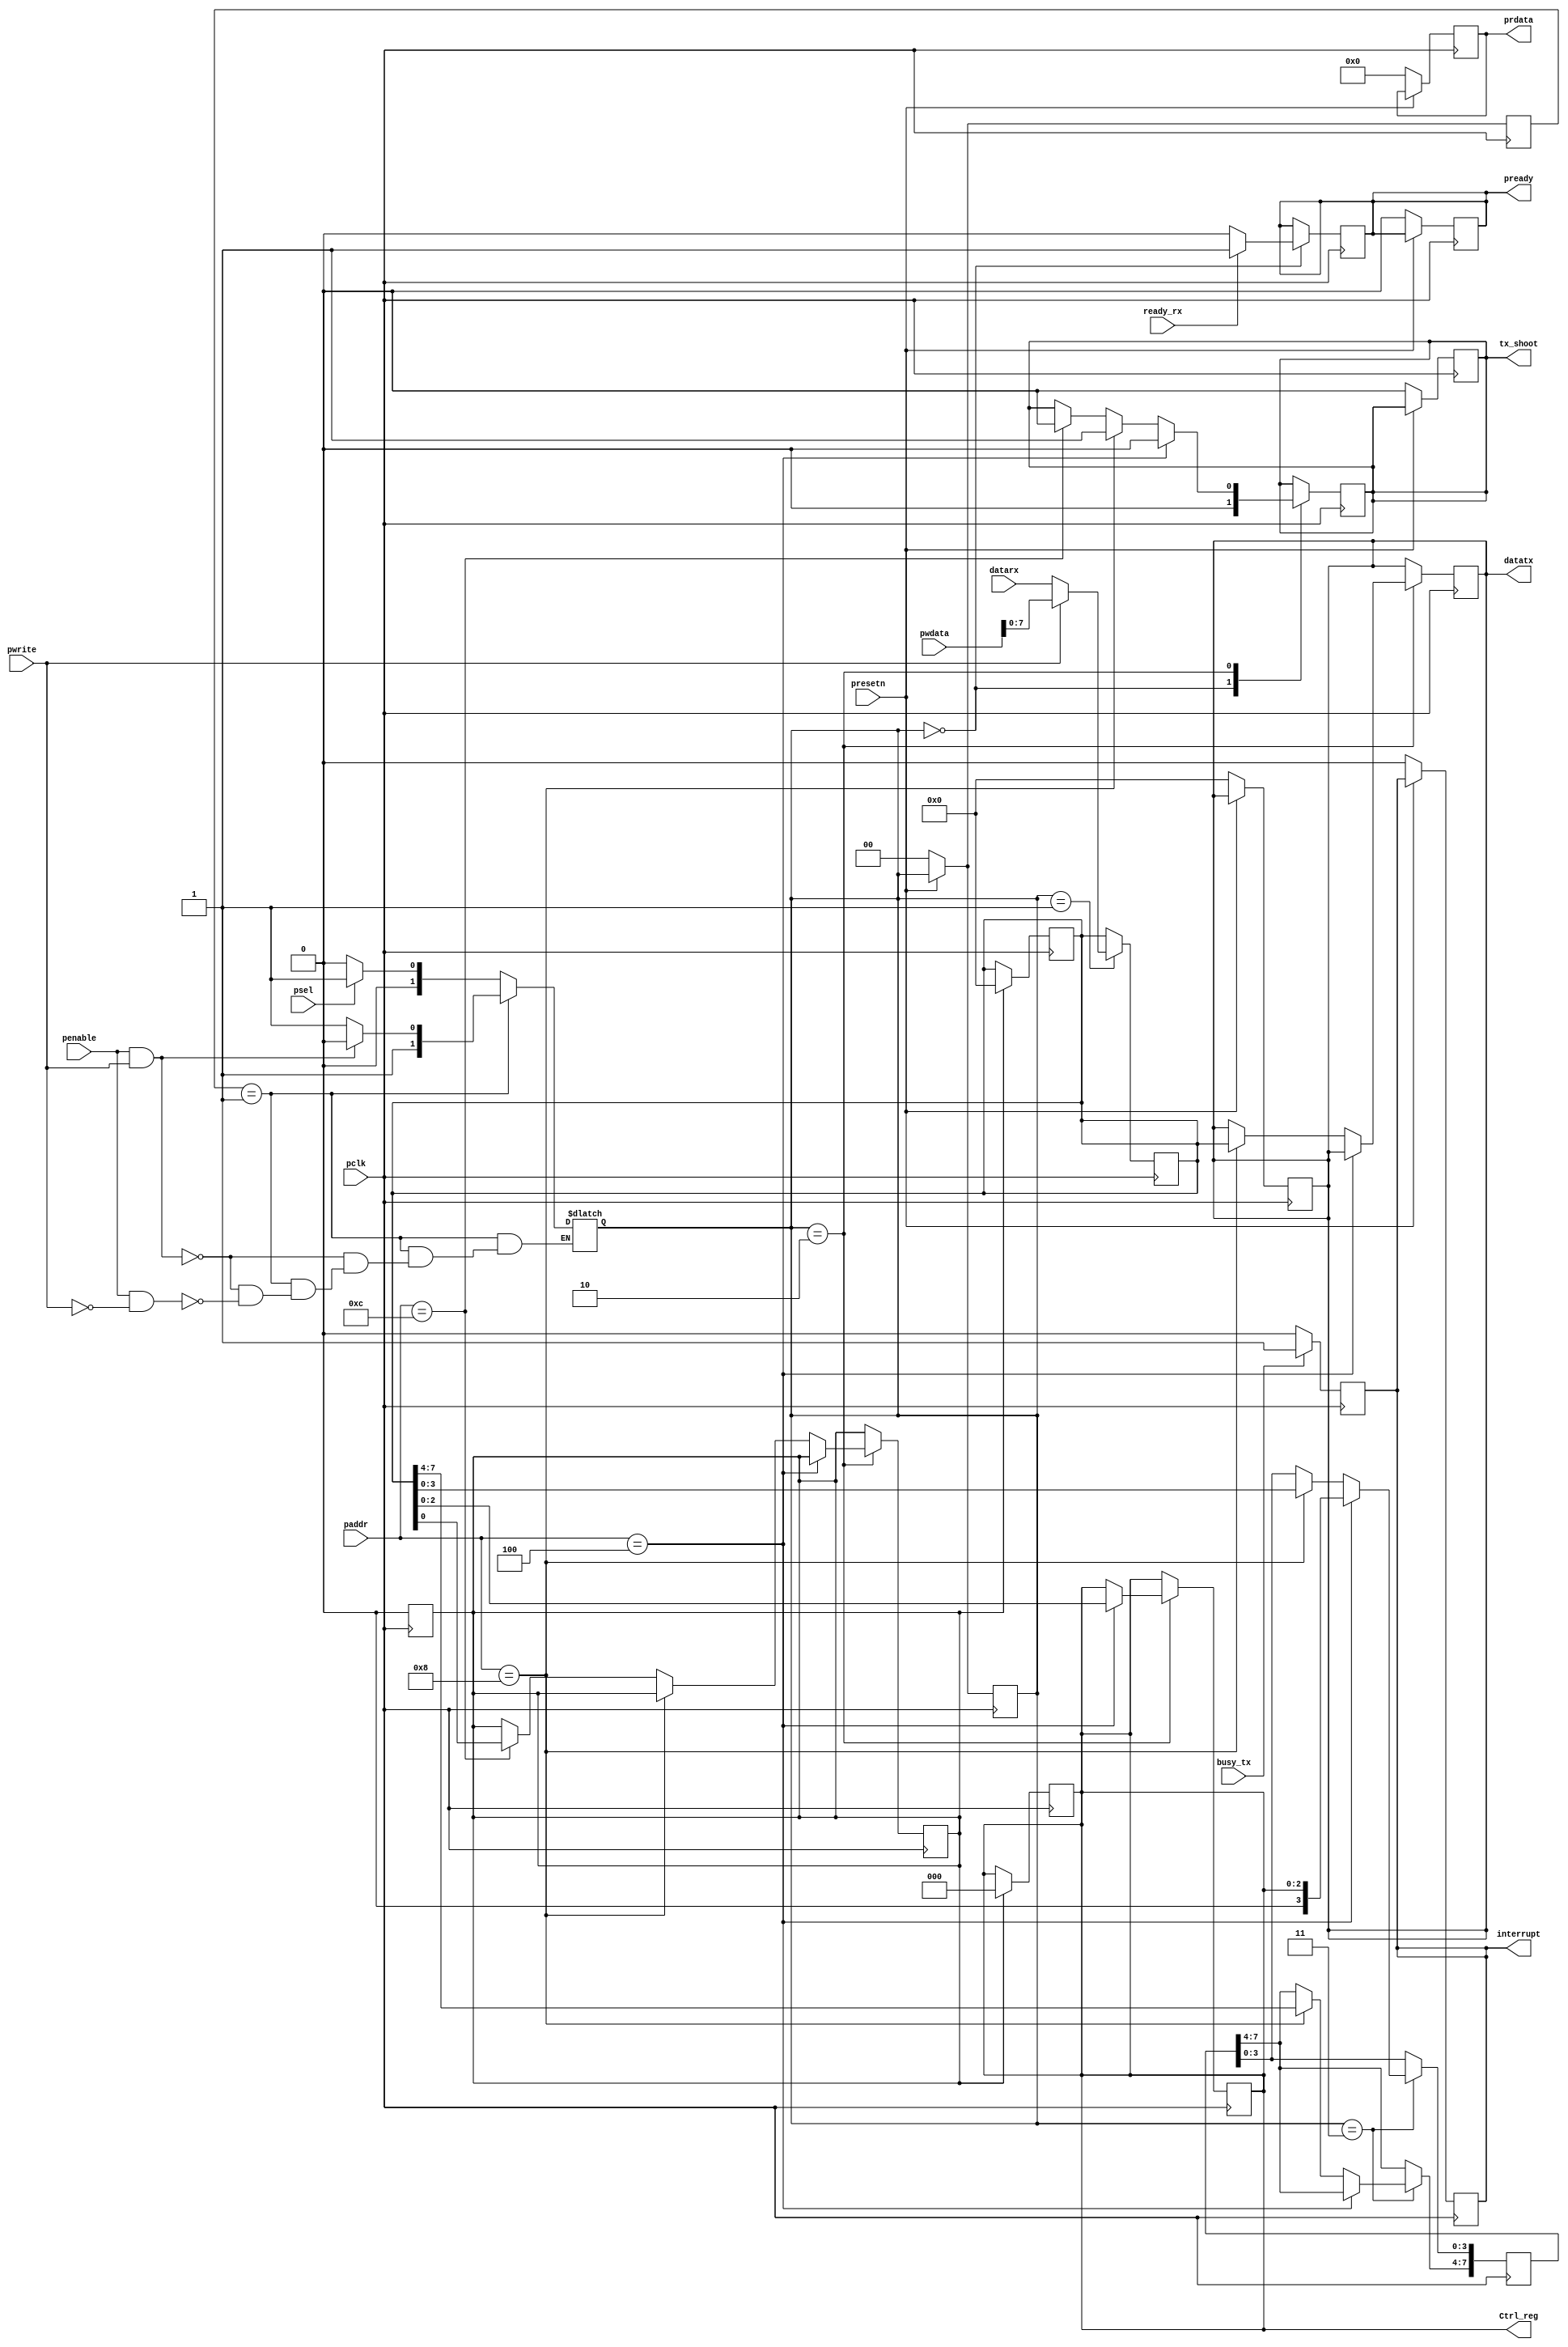
module myuart_reg
(
input pclk,
input presetn,
input psel,
input pwrite,
input penable,
input [ 5 : 0 ] paddr,
input [ 31 : 0 ] pwdata,
output reg[ 31 : 0 ] prdata,
output reg interrupt, //tell apb master to stop to send data
output reg pready,  //tell apb master to read data
output reg tx_shoot,
output reg[ 7 : 0 ] datatx,
output reg[ 2 : 0 ] Ctrl_reg=0,  //bit0: verify on;bit1:odd even verify  
input [ 7 : 0 ] datarx,
input  ready_rx,    //Check the data can be read
input busy_tx
);
reg[1:0] state,nstate;
reg[31:0] pwdata_reg;  
reg[7:0] Data_reg;  //store data of uart    address:0x08
reg rupt_reg;  //W1C clear all of reg

parameter IDLE = 0,
          SET  = 1,
          pWriteEN = 2,
          pReadEN = 3;

//reset
always @(posedge pclk) begin
  if (!presetn) begin
      state <= IDLE;
      nstate <= IDLE;
  end
  else begin
      state <= nstate;
  end
end
//reset
always @(posedge pclk) begin
  if (!presetn) begin
    datatx <= 0;
    tx_shoot <=0 ;
    pready <=0 ;
    prdata <= 0;
    interrupt<= 0;
    pready <= 0;
  end
end

// state machine
always @(*) begin
  case(state)  
    IDLE : begin
          if (psel) begin
            nstate = SET;
          end
          else begin
            nstate = IDLE;
          end
    end
    SET  :begin
          if (penable&&pwrite) begin
            nstate = pWriteEN;
          end
          else if (penable&&!pwrite)begin
            nstate = pReadEN;
          end
    end
    pWriteEN   :begin
          if(psel == 1)begin
            nstate = SET;
          end
          else begin
            nstate = IDLE;
          end
    end
    pReadEN :begin
          if(psel == 1)begin
            nstate = SET;
          end
          else begin
            nstate = IDLE;
          end          
    end
    default:nstate = IDLE;
  endcase    
end

//write and read transfer
always @(posedge pclk ) begin
  case(nstate)
    IDLE  :begin  
          tx_shoot <= 0;
          if (ready_rx) begin
            pready <= 1;
          end
          else begin
            pready <= 0;
          end  
    end
    SET   :begin
          if (pwrite) begin
              Data_reg <= pwdata[7:0]; //latch write data
          end  
          else begin
              Data_reg <= datarx;
          end
    end
    pWriteEN    :begin
            if (paddr == 6'h4) begin
              Ctrl_reg <= Data_reg[3:0]; 
              tx_shoot <= 0; 
            end
            else if (paddr == 6'h08) begin
              datatx <= Data_reg ;
              tx_shoot <= 1;
            end
            else if (paddr == 6'hC)begin
              rupt_reg <= Data_reg[0];
              tx_shoot <= 0;
            end              

        end 
    pReadEN    :begin
              if (paddr == 6'h04) begin
                  prdata[3:0] <= Ctrl_reg;
              end
              else if (paddr == 6'h08) begin
                  prdata[7:0] <= Data_reg;
              end 
    end     
  endcase
end
//tell the master send data
always @(posedge pclk ) begin
if (busy_tx == 1) begin
  interrupt <= 1;
end
else begin
  interrupt <= 0;
end
end

//clear reg
always @(posedge pclk ) begin
  if (rupt_reg ==1) begin
    Data_reg <= 0;
    Ctrl_reg <= 0;
    rupt_reg <= 0;
  end
end

endmodule